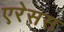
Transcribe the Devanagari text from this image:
एरेसस